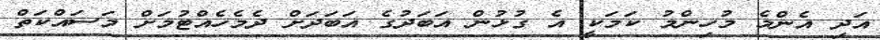
އަދި އެންމެ މުހިންމު ކަމަކީ އެ ގުޅުން އަބަދުގެ އަބަދަށް ދެމެހެއްޓުމަށް މަސައްކަތް